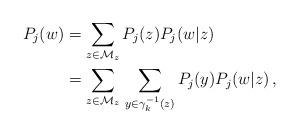
LaTeX: \begin{align*}P_j(w)&=\sum_{z\in \mathcal{M}_z}P_j(z)P_j(w\vert z)\\&=\sum_{z\in \mathcal{M}_z}\,\sum_{y\in \gamma_k^{-1}(z)}P_j(y)P_j(w\vert z)\,,\end{align*}